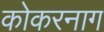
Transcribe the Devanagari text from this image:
कोकरनाग